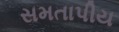
સમતાપીય